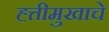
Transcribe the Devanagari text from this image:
ह्त्तीमुखाचे